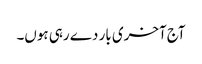
آج آخری بار دے رہی ہوں۔